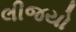
લીજયો